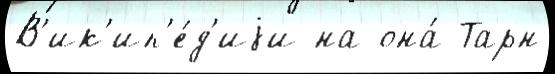
В'ик'ип'е́д'иjи на она́ Тарн